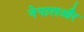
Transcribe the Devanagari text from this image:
नेपालऔर